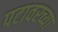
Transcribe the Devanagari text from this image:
पटावरच्या